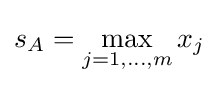
s_{A}=\max _{j=1,\ldots ,m}x_{j}